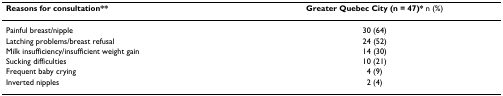
<table><thead><tr><td><b>Reasons for consultation**</b></td><td><b>Greater Quebec City (n = 47)* n (%)</b></td></tr></thead><tbody><tr><td>Painful breast/nipple</td><td>30 (64)</td></tr><tr><td>Latching problems/breast refusal</td><td>24 (52)</td></tr><tr><td>Milk insufficiency/insufficient weight gain</td><td>14 (30)</td></tr><tr><td>Sucking difficulties</td><td>10 (21)</td></tr><tr><td>Frequent baby crying</td><td>4 (9)</td></tr><tr><td>Inverted nipples</td><td>2 (4)</td></tr></tbody></table>